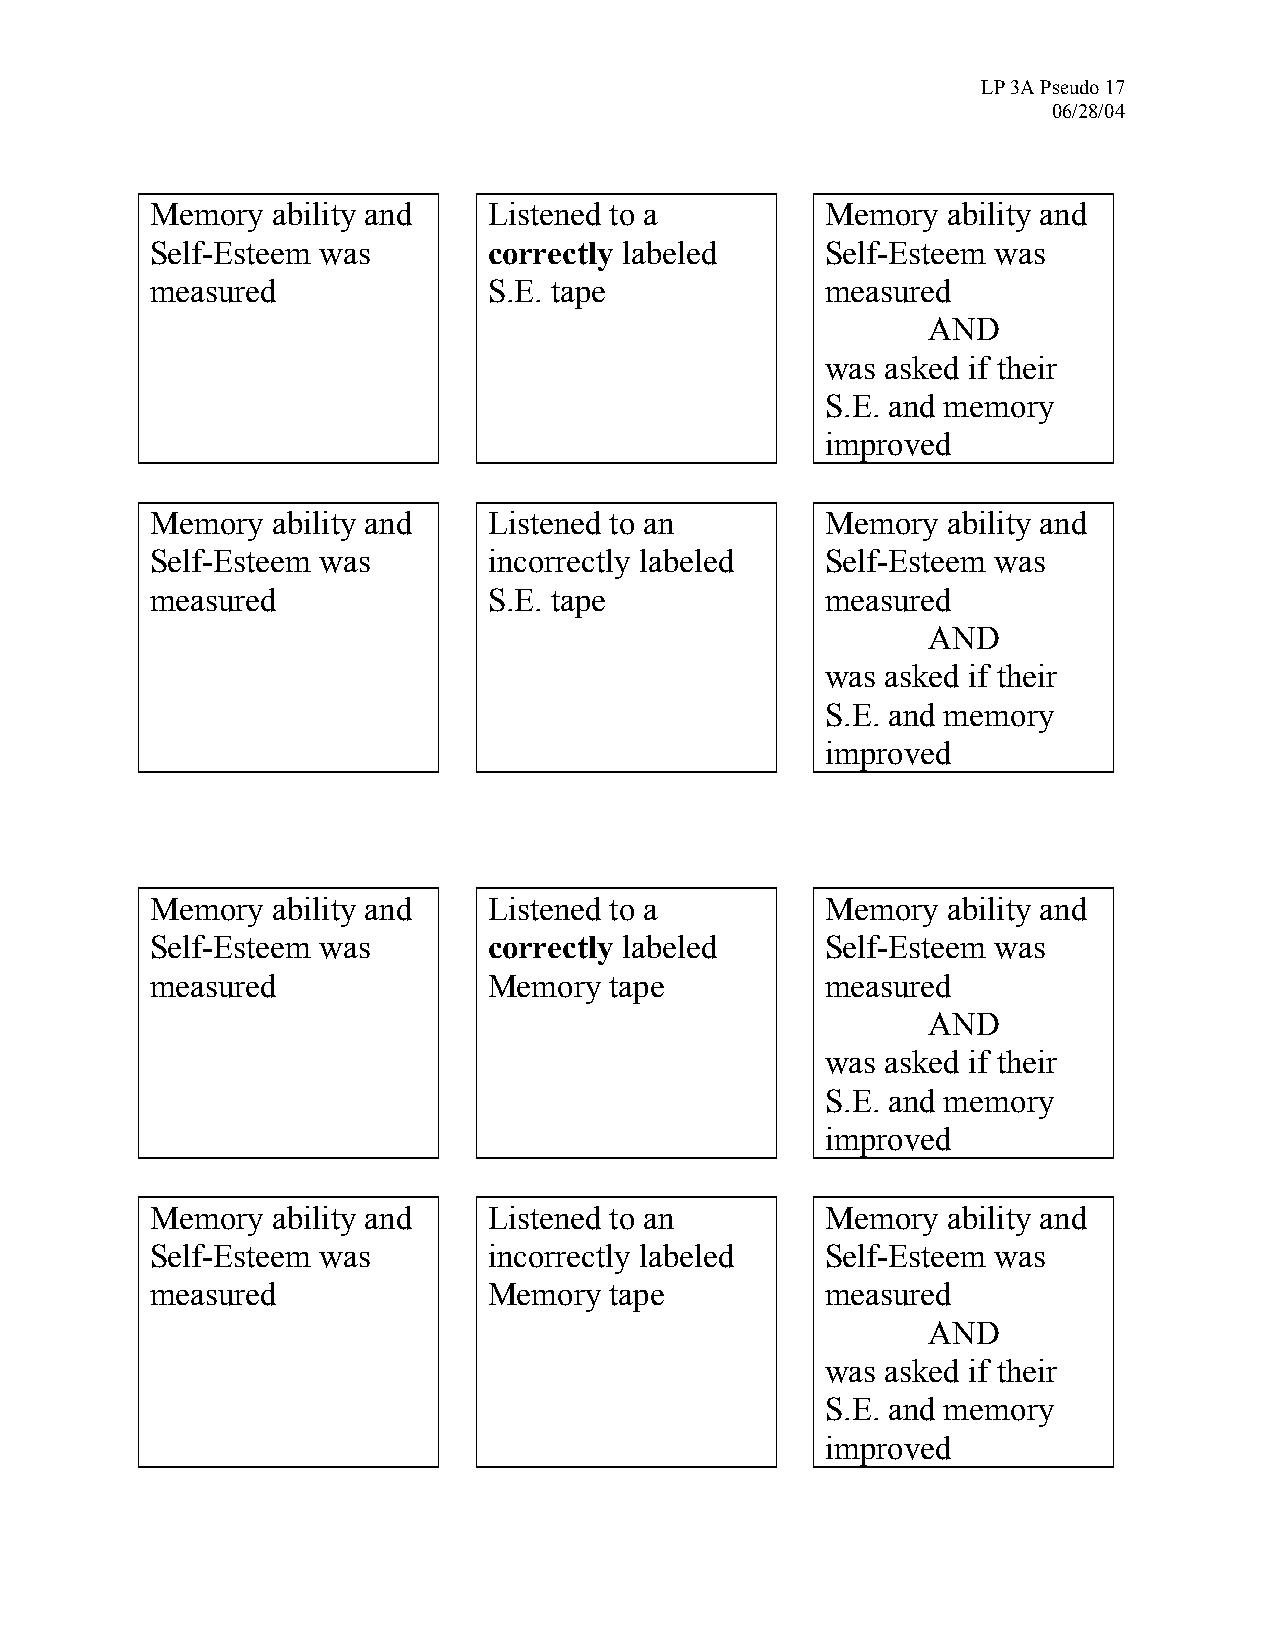
LP 3A Pseudo 17
 06/28/04
 Memory  ability and   Listened to a          Memory  ability and
 Self-Esteem was       correctly labeled      Self-Esteem was
 measured              S.E. tape              measured
 AND
 was asked if their
 S.E. and memory
 improved
 Memory  ability and   Listened to an         Memory  ability and
 Self-Esteem was       incorrectly labeled    Self-Esteem was
 measured              S.E. tape              measured
 AND
 was asked if their
 S.E. and memory
 improved
 Memory  ability and   Listened to a          Memory  ability and
 Self-Esteem was       correctly labeled      Self-Esteem was
 measured              Memory  tape           measured
 AND
 was asked if their
 S.E. and memory
 improved
 Memory  ability and   Listened to an         Memory  ability and
 Self-Esteem was       incorrectly labeled    Self-Esteem was
 measured              Memory  tape           measured
 AND
 was asked if their
 S.E. and memory
 improved